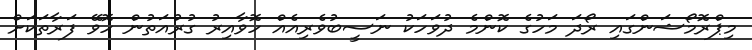
މިޕްރޮމޯޝަންގައި ރޯދަ މަހުގެ ކޮންމެ ދުވަހަކު ނަސީބުވެރިއެއް ހޮވާއިރު ގުރުއަތުން ހޮވޭ ފަރާތަކަށް